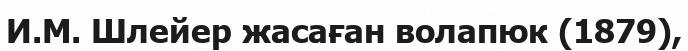
И.М. Шлейер жасаған волапюк (1879),